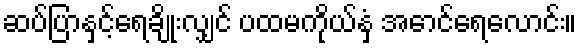
ဆပ်ပြာနှင့်ရေချိုးလျှင် ပထမကိုယ်နှံ့ အောင်ရေလောင်း။